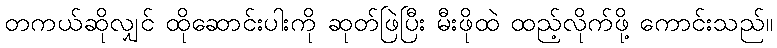
တကယ်ဆိုလျှင် ထိုဆောင်းပါးကို ဆုတ်ဖြဲပြီး မီးဖိုထဲ ထည့်လိုက်ဖို့ ကောင်းသည်။